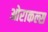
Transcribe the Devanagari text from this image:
ओराकल्स